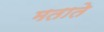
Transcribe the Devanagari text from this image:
मताते